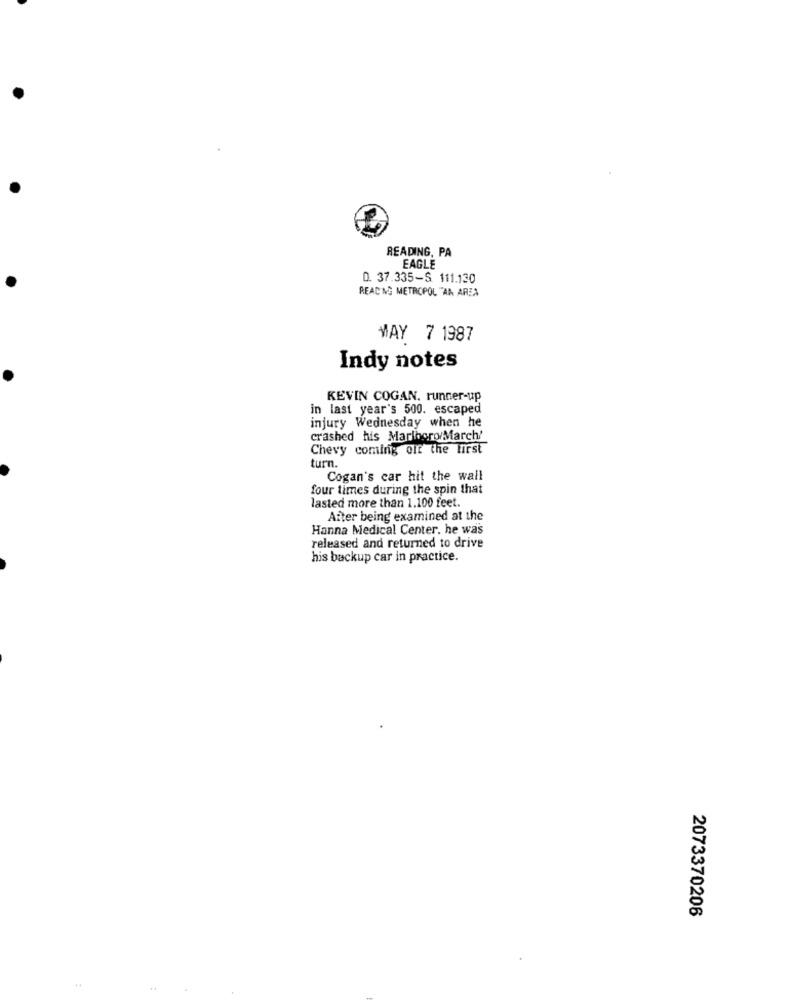
READING, PA
EAGLE
0. 37.335-S. 111.130
READING METROPOL "AA AREA
MAY 7 1987
Indy notes
KEVIN COGAN. runner-up
in last year's 500. escaped
injury Wednesday when he
crashed his Marlboro/March'
Chevy coming off the first
turn.
Cogan's car hit the wall
four times during the spin that
lasted more than 1.100 feet.
After being examined at the
Hanna Medical Center, he was
released and returned to drive
his backup car in practice.
2073370206
4